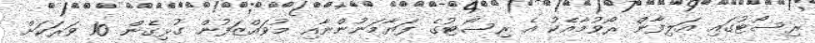
ރިސޯޓުގައި އަލިފާން ރޯވުމާއެކު އެ ރިސޯޓުގެ ފަޔާމަނުންނާއި މުވައްޒަފުން ގުޅިގެން 10 ވަރަކަށް